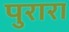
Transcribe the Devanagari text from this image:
पुरारा